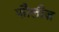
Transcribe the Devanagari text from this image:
फौलीज़